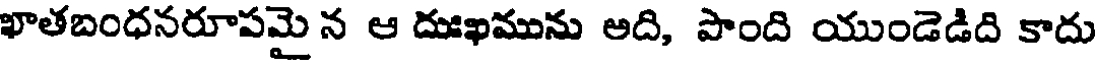
ఖాతబంధనరూపమై న ఆ దుఖమును అది, పాంది యుండెడిది కాదు